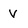
Character: V